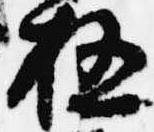
極